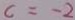
c = - 2